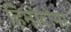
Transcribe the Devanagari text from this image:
हिमोटोमा